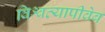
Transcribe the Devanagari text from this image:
विश्वव्यापीवेब